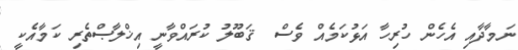
ނަމާދާއި އެހެން ހުރިހާ އަޅުކަމެއް ވެސް  ޤަބޫލު ކުރައްވާނީ އިޚްލާޞްތެރި ކަމާއެކީ